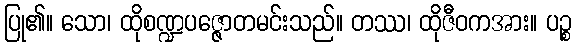
ပြု၏။ သော၊ ထိုစဏ္ဍပဇ္ဇောတမင်းသည်။ တဿ၊ ထိုဇီဝကအား။ ပဉ္စ